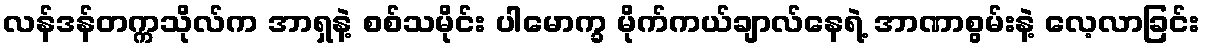
လန်ဒန်တက္ကသိုလ်က အာရှနဲ့ စစ်သမိုင်း ပါမောက္ခ မိုက်ကယ်ချာလ်နေရဲ့ အာဏာစွမ်းနဲ့ လေ့လာခြင်း